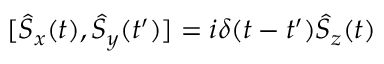
[ \hat { S } _ { x } ( t ) , \hat { S } _ { y } ( t ^ { \prime } ) ] = i \delta ( t - t ^ { \prime } ) \hat { S } _ { z } ( t )